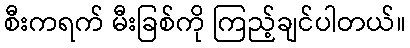
စီးကရက် မီးခြစ်ကို ကြည့်ချင်ပါတယ်။